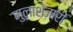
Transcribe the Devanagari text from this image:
मुलाशेजारीं